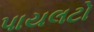
પાયલટો